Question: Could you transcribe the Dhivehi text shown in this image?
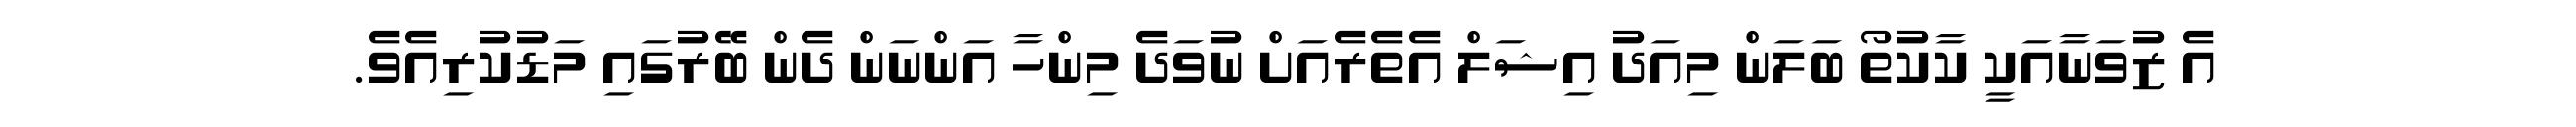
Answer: އެ ޒުވަނާއަކީ ކާކުތޯ ބަލަން މިއަދު އިޝަލް އެތެރެއަށް ނުވަދެ މިންހާ އަންނަން ދެން ބޭރުގައި މަޑުކުރިއެވެ.